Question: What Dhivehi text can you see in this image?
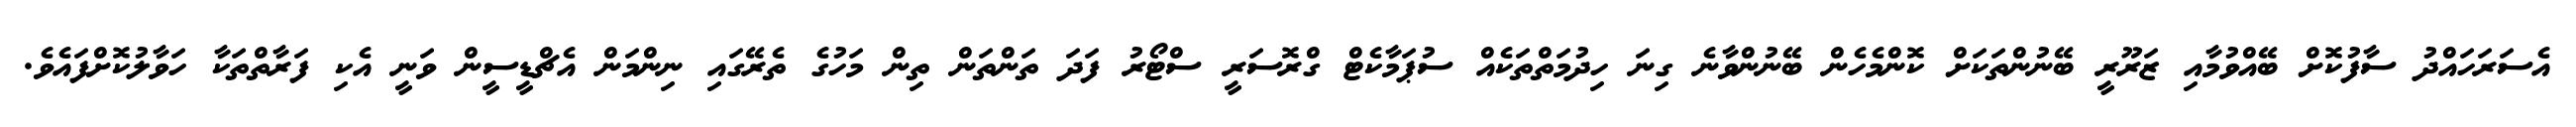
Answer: އެސަރަހައްދު ސާފުކޮށް ބޭއްވުމާއި ޒަރޫރީ ބޭނުންތަކަށް ކޮންމެހެން ބޭނުންވާނެ ގިނަ ހިދުމަތްތަކެއް ސުޕަމާކެޓް ގްރޮސަރީ ސްޓޯރު ފަދަ ތަންތަން ތިން މަހުގެ ތެރޭގައި ނިންމަން އެޗްޑީސީން ވަނީ އެކި ފަރާތްތަކާ ހަވާލުކޮށްފައެވެ.